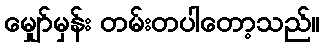
မျှော်မှန်း တမ်းတပါတော့သည်။